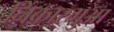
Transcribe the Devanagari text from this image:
निकारगुआ